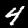
Label: 4